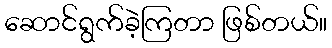
ဆောင်ရွက်ခဲ့ကြတာ ဖြစ်တယ်။